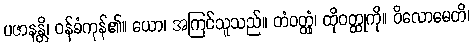
ပဇာနန္တိ၊ ဝန်ခံကုန်၏။ ယော၊ အကြင်သူသည်။ တံဝတ္ထုံ၊ ထိုဝတ္ထုကို။ ဝိလောမေတိ၊